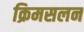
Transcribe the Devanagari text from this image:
क्रिमसलन